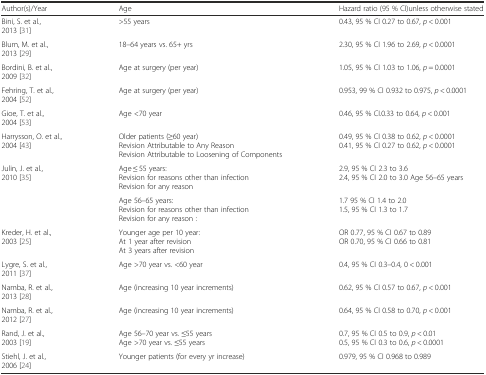
<table><thead><tr><td><b>Author(s)/Year</b></td><td><b>Age</b></td><td><b>Hazard ratio (95 % CI)unless otherwise stated</b></td></tr></thead><tbody><tr><td>Bini, S. et al., 2013 [31]</td><td>&gt;55 years</td><td>0.43, 95 % CI 0.27 to 0.67, <i>p</i> &lt; 0.001</td></tr><tr><td>Blum, M. et al., 2013 [29]</td><td>18–64 years vs. 65+ yrs</td><td>2.30, 95 % CI 1.96 to 2.69, <i>p</i> &lt; 0.0001</td></tr><tr><td>Bordini, B. et al., 2009 [32]</td><td>Age at surgery (per year)</td><td>1.05, 95 % CI 1.03 to 1.06, <i>p</i> = 0.0001</td></tr><tr><td>Fehring, T. et al., 2004 [52]</td><td>Age at surgery (per year)</td><td>0.953, 99 % CI 0.932 to 0.975, <i>p</i> &lt; 0.0001</td></tr><tr><td>Gioe, T. et al., 2004 [53]</td><td>Age &lt;70 year</td><td>0.46, 95 % CI.0.33 to 0.64, <i>p</i> &lt; 0.001</td></tr><tr><td>Harrysson, O. et al., 2004 [43]</td><td>Older patients (≥60 year)Revision Attributable to Any ReasonRevision Attributable to Loosening of Components</td><td>0.49, 95 % CI 0.38 to 0.62, <i>p</i> &lt; 0.00010.41, 95 % CI 0.27 to 0.62, <i>p</i> &lt; 0.0001</td></tr><tr><td rowspan="2">Julin, J. et al., 2010 [35]</td><td>Age ≤ 55 years:Revision for reasons other than infectionRevision for any reason</td><td>2.9, 95 % CI 2.3 to 3.62.4, 95 % CI 2.0 to 3.0 Age 56–65 years</td></tr><tr><td>Age 56–65 years:Revision for reasons other than infectionRevision for any reason :</td><td>1.7 95 % CI 1.4 to 2.01.5, 95 % CI 1.3 to 1.7</td></tr><tr><td>Kreder, H. et al., 2003 [25]</td><td>Younger age per 10 year:At 1 year after revisionAt 3 years after revision</td><td>OR 0.77, 95 % CI 0.67 to 0.89OR 0.70, 95 % CI 0.66 to 0.81</td></tr><tr><td>Lygre, S. et al., 2011 [37]</td><td>Age &gt;70 year vs. &lt;60 year</td><td>0.4, 95 % CI 0.3–0.4, 0 &lt; 0.001</td></tr><tr><td>Namba, R. et al., 2013 [28]</td><td>Age (increasing 10 year increments)</td><td>0.62, 95 % CI 0.57 to 0.67, <i>p</i> &lt; 0.001</td></tr><tr><td>Namba, R. et al., 2012 [27]</td><td>Age (increasing 10 year increments)</td><td>0.64, 95 % CI 0.58 to 0.70, <i>p</i> &lt; 0.001</td></tr><tr><td>Rand, J. et al., 2003 [19]</td><td>Age 56–70 year vs. ≤55 yearsAge &gt;70 year vs. ≤55 years</td><td>0.7, 95 % CI 0.5 to 0.9, <i>p</i> &lt; 0.010.5, 95 % CI 0.3 to 0.6, <i>p</i> &lt; 0.0001</td></tr><tr><td>Stiehl, J. et al., 2006 [24]</td><td>Younger patients (for every yr increase)</td><td>0.979, 95 % CI 0.968 to 0.989</td></tr></tbody></table>